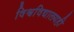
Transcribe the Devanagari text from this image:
विश्वविद्यालयही